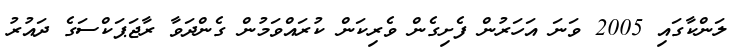
ލަންކާގައި 2005 ވަނަ އަހަރުން ފެށިގެން ވެރިކަން ކުރައްވަމުން ގެންދަވާ ރާޖަޕަކްސަގެ ދައުރު